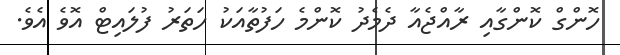
ހޮންގް ކޮންގާއި ރާއްޖެއާ ދެމެދު ކޮންމެ ހަފުތާއަކު ހަތަރު ފުލައިޓް އޮވެ އެވެ.